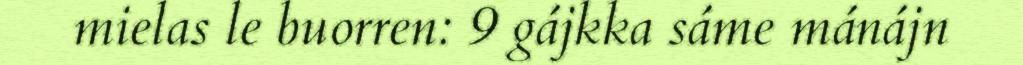
mielas le buorren: 9 gájkka sáme mánájn